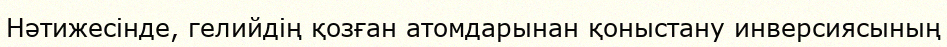
Нәтижесінде, гелийдің қозған атомдарынан қоныстану инверсиясының